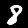
Label: 8